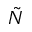
\Tilde { N }